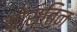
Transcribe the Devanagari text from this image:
योस्तिन